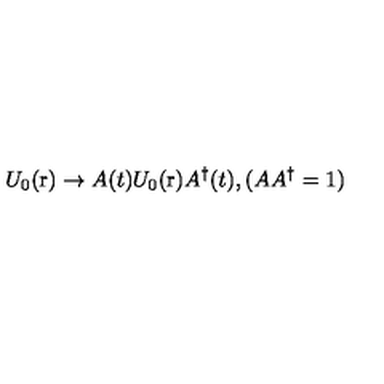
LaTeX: U _ { 0 } ( \mathrm { \boldmath r } ) \rightarrow A ( t ) U _ { 0 } ( \mathrm { \boldmath r } ) A ^ { \dag } ( t ) , ( A A ^ { \dag } = 1 )